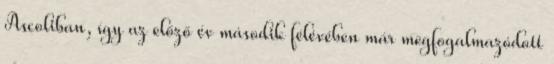
Ascoliban, így az előző év második félévében már megfogalmazódott